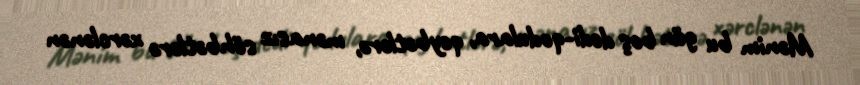
Mənim bu gün boş dedi-qodulara, qeybətlərə, mənasız söhbətlərə xərclənən